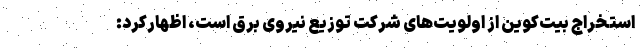
استخراج بیت‌کوین از اولویت‌های شرکت توزیع نیروی برق است، اظهارکرد: